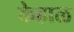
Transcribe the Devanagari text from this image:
केहाळ